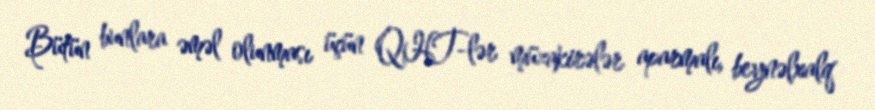
Bütün bunlara əməl olunması üçün QHT-lər müzakirələr aparmalı, beynəlxalq